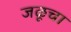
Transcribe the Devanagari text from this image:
जळूचा